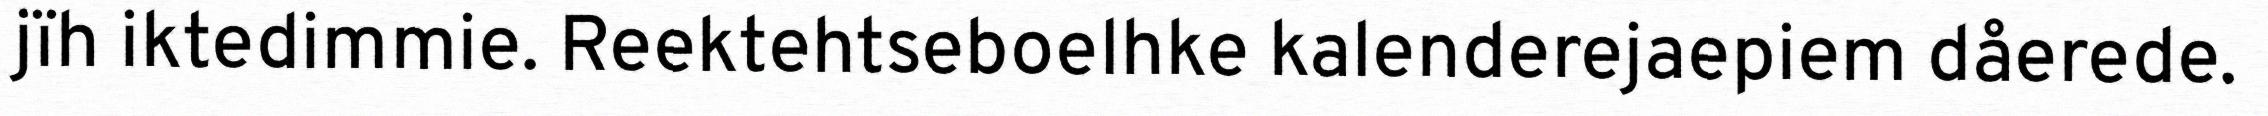
jïh iktedimmie. Reektehtseboelhke kalenderejaepiem dåerede.